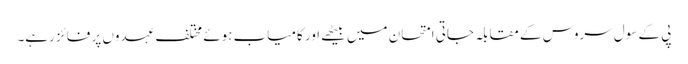
پی کے سول سروس کے مقابلہ جاتی امتحان میں بیٹھے اور کامیاب ہوئے مختلف عہدوں پر فائز رہے۔